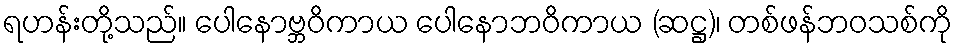
ရဟန်းတို့သည်။ ပေါနောဗ္ဘဝိကာယ ပေါနောဘဝိကာယ (ဆဋ္ဌ)၊ တစ်ဖန်ဘဝသစ်ကို